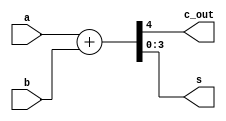
module half_adder(
	input [3:0] a,b,
	output c_out,
	output [3:0] s
);

assign {c_out, s} = a + b;

endmodule